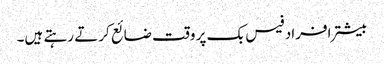
بیشتر افراد فیس بک پر وقت ضائع کرتے رہتے ہیں۔